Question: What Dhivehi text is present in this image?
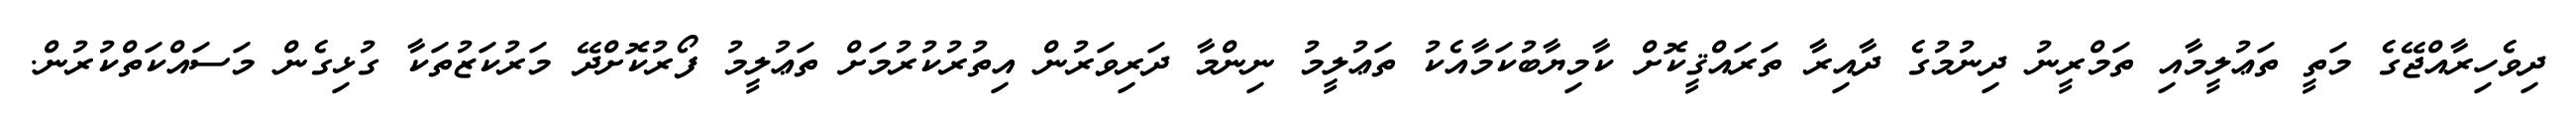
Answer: ދިވެހިރާއްޖޭގެ މަތީ ތަޢުލީމާއި ތަމްރީނު ދިނުމުގެ ދާއިރާ ތަރައްޤީކޮށް ކާމިޔާބުކަމާއެކު ތަޢުލީމު ނިންމާ ދަރިވަރުން އިތުރުކުރުމަށް ތަޢުލީމު ފޯރުކޮށްދޭ މަރުކަޒުތަކާ ގުޅިގެން މަސައްކަތްކުރުން.